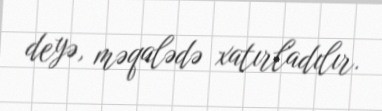
deyə, məqalədə xatırladılır.